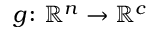
g \colon \mathbb { R } ^ { n } \rightarrow \mathbb { R } ^ { c }